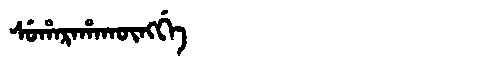
Manchu: ᠰᡠᡥᠠᡵᠠᡥᠠᡴᡡᠩᡤᡝ
Romanization: SUHARAHAKŪNGGE